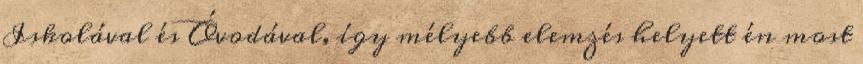
Iskolával és Óvodával, így mélyebb elemzés helyett én most